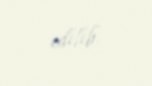
edilib.